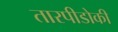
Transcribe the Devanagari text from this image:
तारपीडोकी